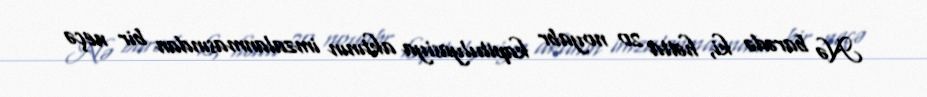
Nə barədə ki, hətta 20 noyabr kapitulyasiya aktının imzalanmasından bir neçə